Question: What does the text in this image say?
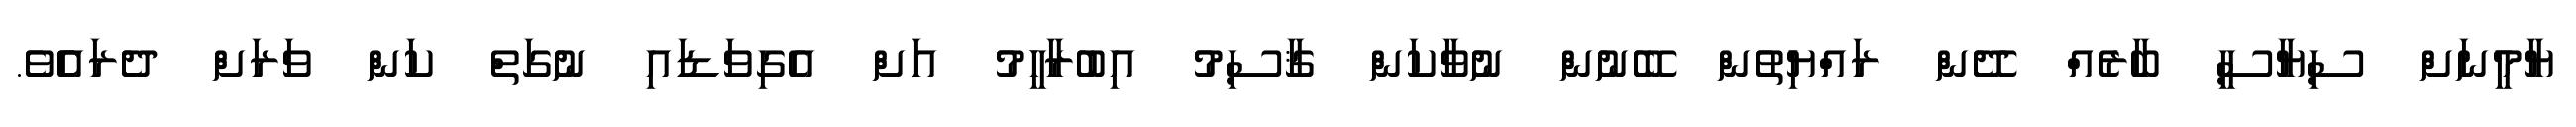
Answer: ޔާމީނަށް ސިޔާސީ ބާރެއް ދޭން ރައްޔިތުން ބޭނުން ނުވާކަން ޤާސިމު އިބުރާހީމު އަށް އެގިވަޑައި ނުގަތް ކަން ވަރަށް ދެރައެެވެ.